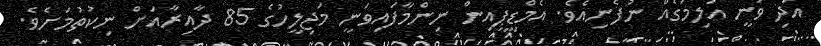
އަދި ވަނީ އަލިމަގެއް ނުފެނިއެވެ. އެމްޑީޕީއިން ނިންމާފައިވަނީ މަޖިލީހުގެ 85 ދާއިރާއަށް ނިކުތުމަށެވެ.